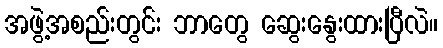
အဖွဲ့အစည်းတွင်း ဘာတွေ ဆွေးနွေးထားပြီလဲ။